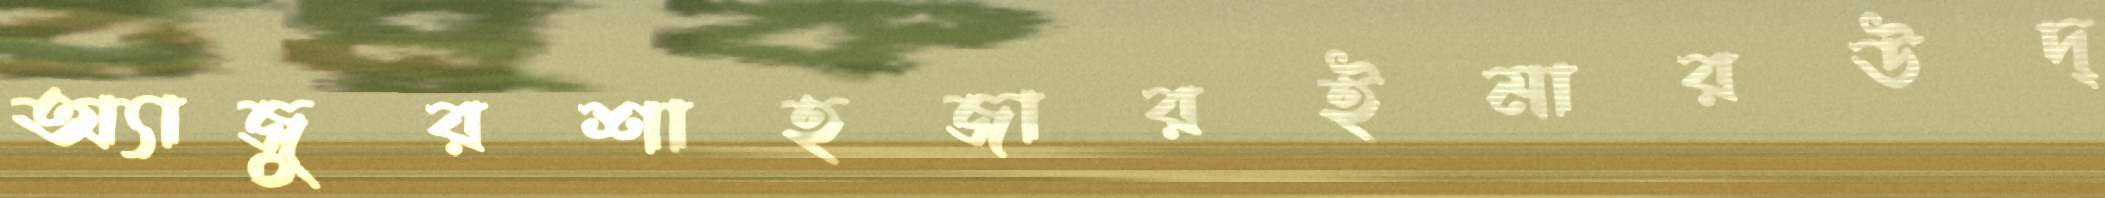
অ্যাজুরশাহজারইমারউদ্